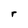
Character: r